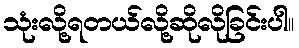
သုံးလို့ရတယ်လို့ဆိုလိုခြင်းပါ။